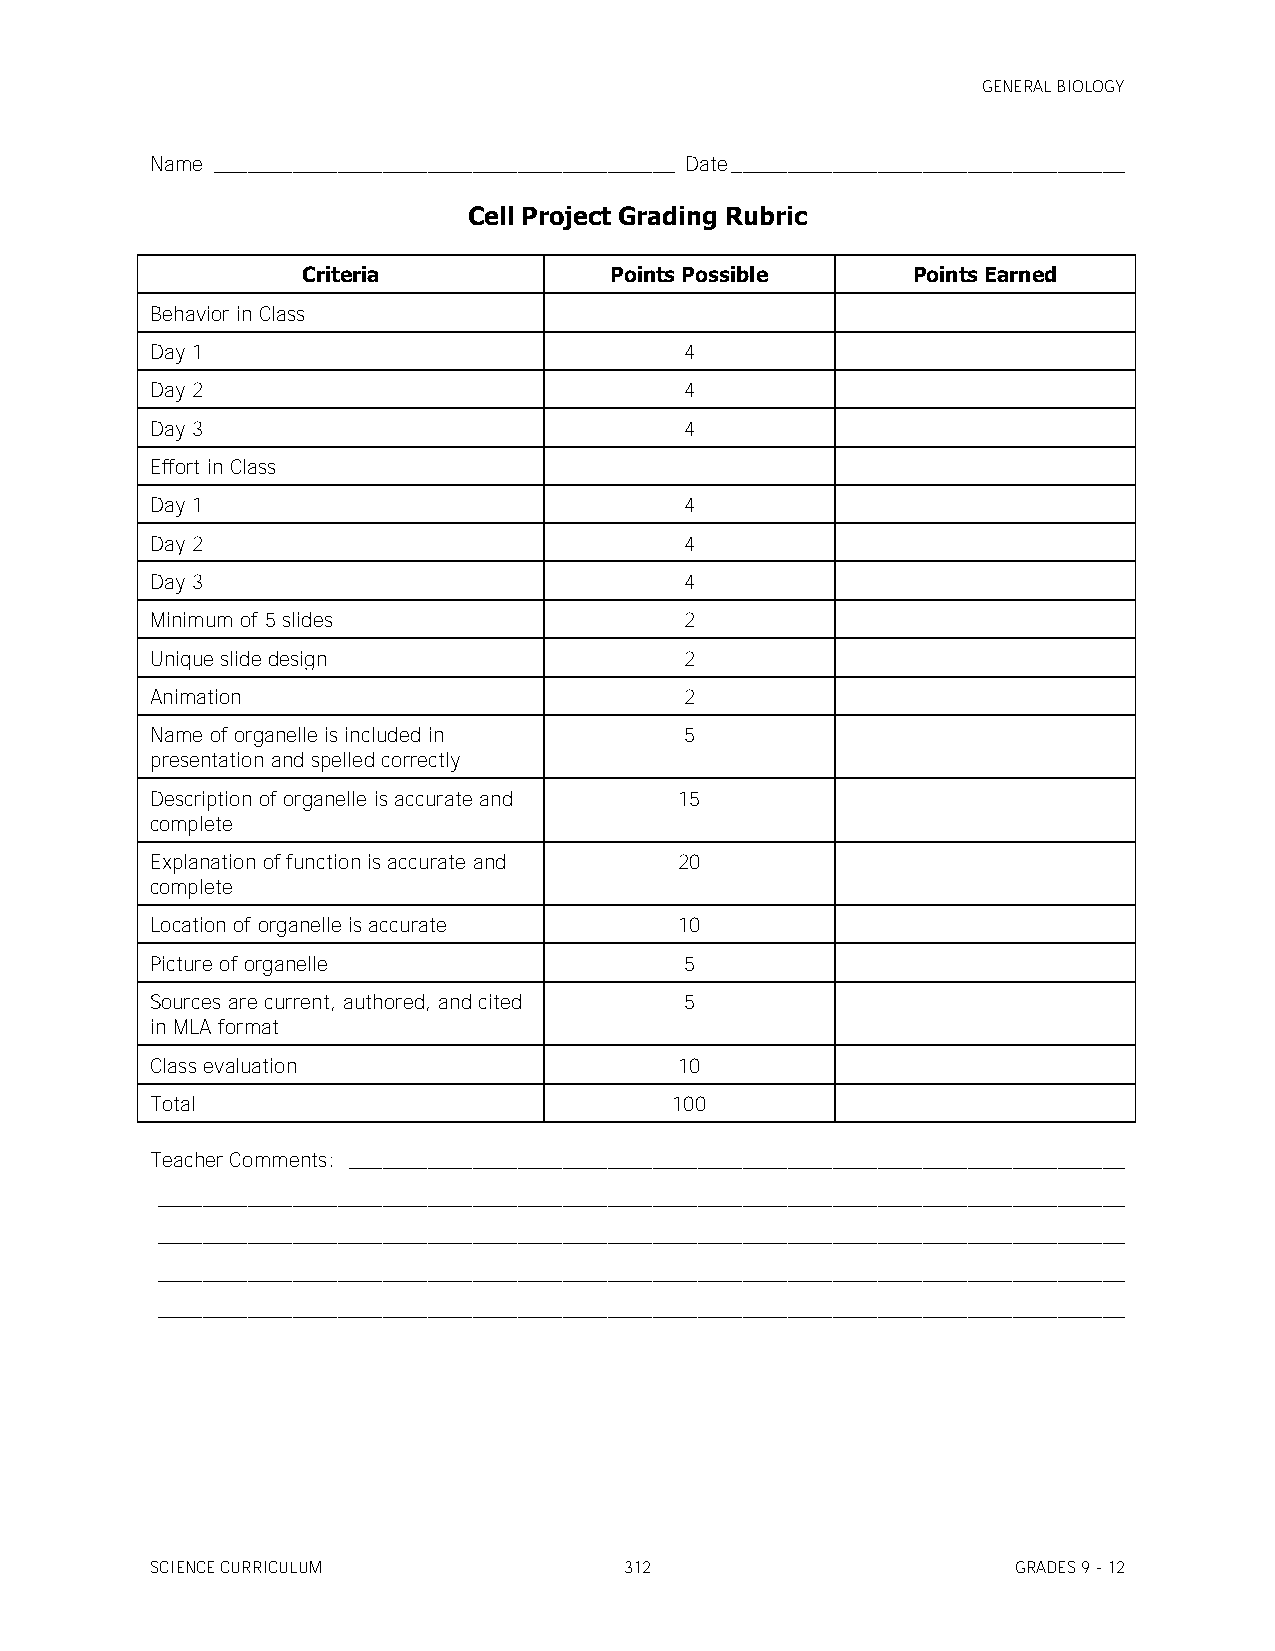
GENERAL BIOLOGY
 Name _________________________________________ Date ___________________________________
 Cell Project Grading Rubric
 Criteria            Points Possible     Points Earned
 Behavior in Class
 Day 1                              4
 Day 2                              4
 Day 3                              4
 Effort in Class
 Day 1                              4
 Day 2                              4
 Day 3                              4
 Minimum of 5 slides                2
 Unique slide design                2
 Animation                          2
 Name of organelle is included in   5
 presentation and spelled correctly
 Description of organelle is accurate and 15
 complete
 Explanation of function is accurate and 20
 complete
 Location of organelle is accurate  10
 Picture of organelle               5
 Sources are current, authored, and cited 5
 in MLA format
 Class evaluation                   10
 Total                             100
 Teacher Comments: _____________________________________________________________________
 ______________________________________________________________________________________
 ______________________________________________________________________________________
 ______________________________________________________________________________________
 ______________________________________________________________________________________
 SCIENCE CURRICULUM             312                       GRADES 9 - 12